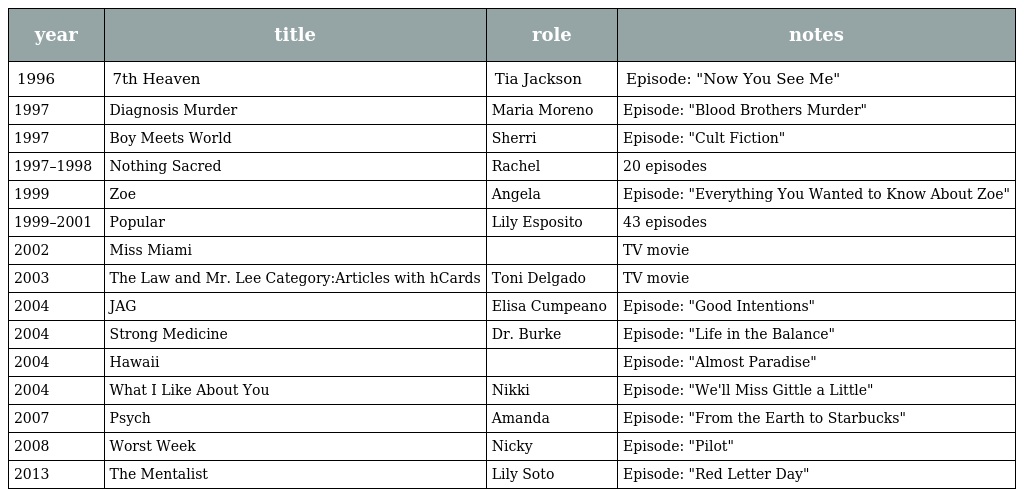
| year | title | role | notes |
 | --- | --- | --- | --- |
 | 1996 | 7th Heaven | Tia Jackson | Episode: "Now You See Me" |
 | 1997 | Diagnosis Murder | Maria Moreno | Episode: "Blood Brothers Murder" |
 | 1997 | Boy Meets World | Sherri | Episode: "Cult Fiction" |
 | 1997–1998 | Nothing Sacred | Rachel | 20 episodes |
 | 1999 | Zoe | Angela | Episode: "Everything You Wanted to Know About Zoe" |
 | 1999–2001 | Popular | Lily Esposito | 43 episodes |
 | 2002 | Miss Miami |  | TV movie |
 | 2003 | The Law and Mr. Lee Category:Articles with hCards | Toni Delgado | TV movie |
 | 2004 | JAG | Elisa Cumpeano | Episode: "Good Intentions" |
 | 2004 | Strong Medicine | Dr. Burke | Episode: "Life in the Balance" |
 | 2004 | Hawaii |  | Episode: "Almost Paradise" |
 | 2004 | What I Like About You | Nikki | Episode: "We'll Miss Gittle a Little" |
 | 2007 | Psych | Amanda | Episode: "From the Earth to Starbucks" |
 | 2008 | Worst Week | Nicky | Episode: "Pilot" |
 | 2013 | The Mentalist | Lily Soto | Episode: "Red Letter Day" |